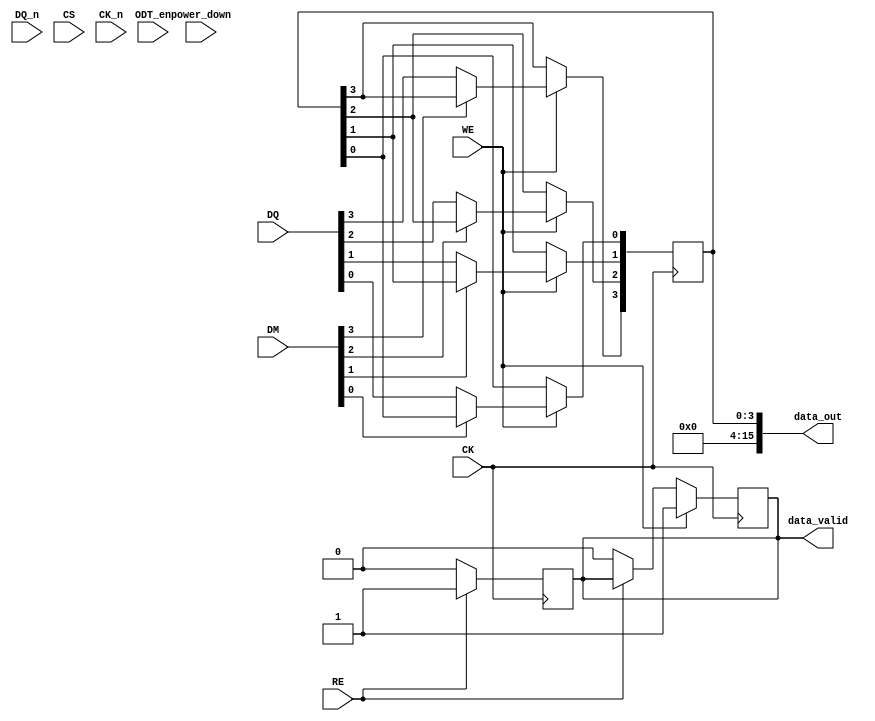
module lpddr4_io_block (
    // Data Lines
    input  wire [15:0] DQ,       // Data lines
    input  wire [15:0] DQ_n,     // Inverted Data lines
    // Control Signals
    input  wire CS,               // Chip Select
    input  wire WE,               // Write Enable
    input  wire RE,               // Read Enable
    input  wire [3:0] DM,         // Data Mask
    input  wire CK,               // Clock
    input  wire CK_n,             // Inverted Clock
    // Termination control
    input  wire ODT_en,           // On-Die Termination Enable
    // Power Management
    input  wire power_down,       // Power Down signal
    output reg [15:0] data_out,   // Data output
    output reg       data_valid    // Data valid signal
);

    // Internal signals
    reg [15:0] data_in;
    reg       odt_enable;
    reg       power_state;

    // Initialization
    initial begin
        data_out    = 16'b0;
        data_valid  = 1'b0;
        odt_enable  = 1'b0;
        power_state = 1'b0;
    end

    // Power management
    always @(posedge CK or negedge power_down) begin
        if (~power_down) begin
            power_state <= 1'b0; // In power down state
        end else if (power_state == 1'b0) begin
            power_state <= 1'b1; // Exit power down
        end
    end

    // On-Die Termination Control
    always @(posedge ODT_en) begin
        odt_enable <= 1'b1;  // Enable ODT
    end

    always @(negedge ODT_en) begin
        odt_enable <= 1'b0;  // Disable ODT
    end

    // Data Input and Output
    always @(posedge CK) begin
        if (WE) begin
            // Write data on rising edge of CK
            // Check data mask
            if (!DM[0]) data_out[0] <= DQ[0];
            if (!DM[1]) data_out[1] <= DQ[1];
            if (!DM[2]) data_out[2] <= DQ[2];
            if (!DM[3]) data_out[3] <= DQ[3];
            // ... repeat for other data lines
            data_valid <= 1'b1; // Data is valid after write
        end else if (RE) begin
            // Read data on falling edge of CK
            data_in <= data_out;
        end else begin
            data_valid <= 1'b0; // No valid data
        end
    end

    // Output data valid signal based on read operation
    always @(negedge CK) begin
        if (RE) begin
            data_valid <= 1'b1;
        end else begin
            data_valid <= 1'b0;
        end
    end
    
    // Slew rate control and drive strength can be implemented here as needed

endmodule